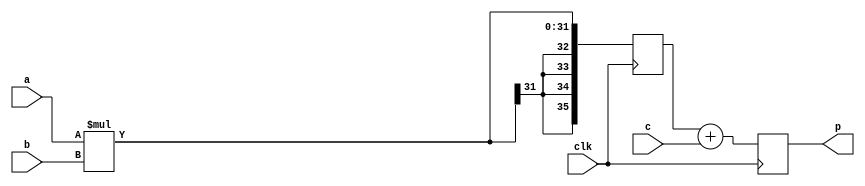
`timescale 1ns / 1ps
//////////////////////////////////////////////////////////////////////////////////
// Company: 
// Engineer: 
// 
// Design Name: 
// Module Name: my_multi_addere
// Project Name: 
// Target Devices: 
// Tool Versions: 
// Description: 
// 
// Dependencies: 
// 
// Revision:
// Revision 0.01 - File Created
// Additional Comments:
// 
//////////////////////////////////////////////////////////////////////////////////


module my_multi_addere(
  input clk,
  input wire signed [15:0] a,
  input wire signed [15:0] b,
  input wire signed[35:0] c,
  output reg signed [35:0] p
    );

reg signed [35:0] m ;
//reg signed [15:0] a, b ;

always @(posedge clk)
begin
  // a1 <= a;
  // b1 <= b;
  m <= a*b;
  p <= m+c;
end
endmodule